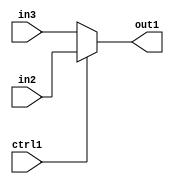
`timescale 1ps / 1ps
/*****************************************************************************
    Verilog RTL Description
    
    
    Created by: Stratus DpOpt 2019.1.01 
*******************************************************************************/

module GaussFilter_N_Muxb_1_2_4_4 (
	in3,
	in2,
	ctrl1,
	out1
	); /* architecture "behavioural" */ 
input  in3,
	in2,
	ctrl1;
output  out1;
wire  asc001;

reg [0:0] asc001_tmp_0;
assign asc001 = asc001_tmp_0;
always @ (ctrl1 or in2 or in3) begin
	case (ctrl1)
		1'B1 : asc001_tmp_0 = in2 ;
		default : asc001_tmp_0 = in3 ;
	endcase
end

assign out1 = asc001;
endmodule

/* CADENCE  uLPwTQk= : u9/ySgnWtBlWxVPRXgAZ4Og= ** DO NOT EDIT THIS LINE ******/